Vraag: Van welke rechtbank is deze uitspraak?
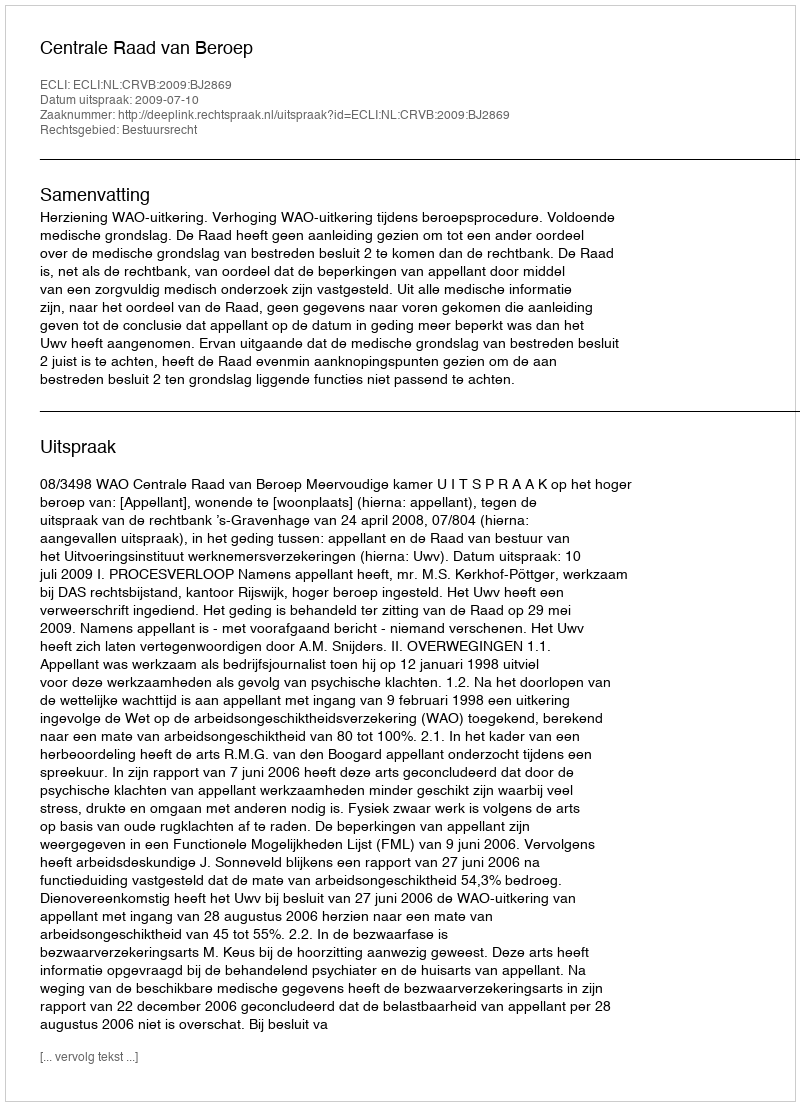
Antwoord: Centrale Raad van Beroep